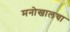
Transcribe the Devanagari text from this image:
मनोखालचा